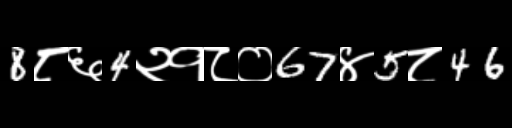
Text: 8८६4२१८०67४5८46